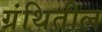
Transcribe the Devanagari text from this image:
ग्रंथितील